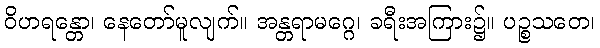
ဝိဟရန္တော၊ နေတော်မူလျက်။ အန္တရာမဂ္ဂေ၊ ခရီးအကြား၌။ ပဉ္စသတေ၊